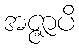
အဇ္ဇာပိ